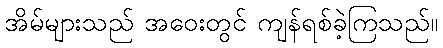
အိမ်များသည် အဝေးတွင် ကျန်ရစ်ခဲ့ကြသည်။